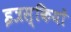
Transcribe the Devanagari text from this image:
इत्रस्कियों